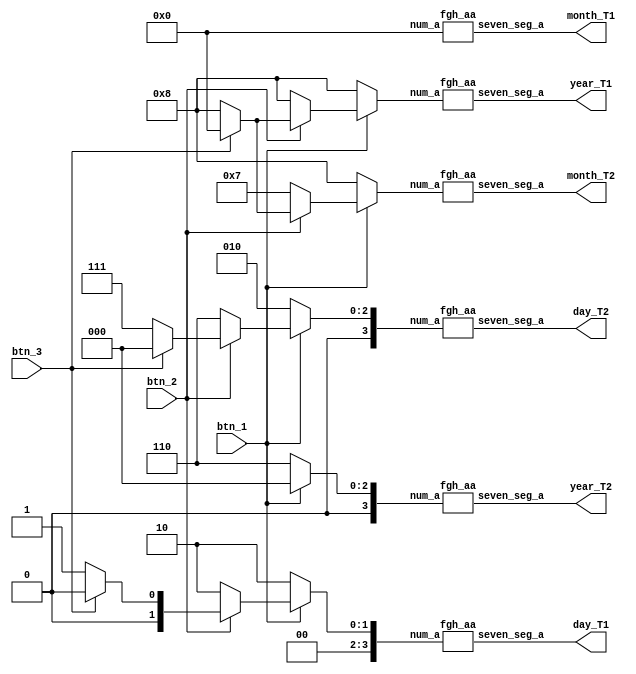
module cdf(
btn_1,
btn_2,
btn_3,          
year_T1,
year_T2,
month_T1,
month_T2,
day_T1,  
day_T2  
);

input            btn_1      /* synthesis altera_chip_pin_lc="Y16"                                altera_attribute = "-name IO_STANDARD \"3.3-V LVTTL\" " */;
input            btn_2      /* synthesis altera_chip_pin_lc="W15"                                altera_attribute = "-name IO_STANDARD \"3.3-V LVTTL\" " */;
input            btn_3      /* synthesis altera_chip_pin_lc="AA15"                               altera_attribute = "-name IO_STANDARD \"3.3-V LVTTL\" " */;
output     [6:0] year_T1    /* synthesis altera_chip_pin_lc="AA25,AA26,AB26,AB27,Y27, AA28,V25"  altera_attribute = "-name IO_STANDARD \"3.3-V LVTTL\" " */;
output     [6:0] year_T2    /* synthesis altera_chip_pin_lc="W25, V23, W24, W22, Y24, Y23, AA24" altera_attribute = "-name IO_STANDARD \"3.3-V LVTTL\" " */;
output     [6:0] month_T1   /* synthesis altera_chip_pin_lc="AB22,AB25,AB28,AC25,AD25,AC27,AD26" altera_attribute = "-name IO_STANDARD \"3.3-V LVTTL\" " */;
output     [6:0] month_T2   /* synthesis altera_chip_pin_lc="AC30,AC29,AD30,AC28,AD29,AE29,AB23" altera_attribute = "-name IO_STANDARD \"3.3-V LVTTL\" " */;
output     [6:0] day_T1     /* synthesis altera_chip_pin_lc="AD27,AF30,AF29,AG30,AH30,AH29,AJ29" altera_attribute = "-name IO_STANDARD \"3.3-V LVTTL\" " */;
output     [6:0] day_T2     /* synthesis altera_chip_pin_lc="AH28,AG28,AF28,AG27,AE28,AE27,AE26" altera_attribute = "-name IO_STANDARD \"3.3-V LVTTL\" " */;


reg  [3:0]  year_1; 
reg  [3:0]  year_2; 
reg  [3:0]  month_1;
reg  [3:0]  month_2;
reg  [3:0]  day_1;  
reg  [3:0]  day_2;  


always@(*) begin
   if(~btn_1) begin
	year_1  = 4'd8;
	year_2  = 4'd6;
	month_1 = 4'd0;
	month_2 = 4'd8;
	day_1   = 4'd2;
	day_2   = 4'd2;
	end
	else if(~btn_2) begin
	year_1  = 4'd8;
	year_2  = 4'd0;
   month_1 = 4'd0;
   month_2 = 4'd7;
   day_1   = 4'd2;
   day_2   = 4'd6;
	end
	else if(~btn_3) begin
	year_1  = 4'd8;
	year_2  = 4'd0;
   month_1 = 4'd0;
   month_2 = 4'd8;
   day_1   = 4'd1;
   day_2   = 4'd7;
	end
	else begin
	year_1  = 7'b0000000;
   year_2  = 7'b0000000;
   month_1 = 7'b0000000;
   month_2 = 7'b0000000;
   day_1   = 7'b0000000;
   day_2   = 7'b0000000;
	end
	
end

fgh_aa  y1 ( year_1, year_T1 );
fgh_aa  y2 ( year_2, year_T2 );
fgh_aa  m1 ( month_1, month_T1 );
fgh_aa  m2 ( month_2, month_T2 );
fgh_aa  d1 ( day_1, day_T1 );
fgh_aa  d2 ( day_2, day_T2 );

endmodule

module fgh_aa(
num_a,
seven_seg_a
);

input       [3:0] num_a;
output reg  [6:0] seven_seg_a;


always@(*) begin
    case(num_a)
	 4'b0000 : seven_seg_a = 7'b1000000;
	 4'b0001 : seven_seg_a = 7'b1111001;
	 4'b0010 : seven_seg_a = 7'b0100100;
	 4'b0011 : seven_seg_a = 7'b0110000;
	 4'b0100 : seven_seg_a = 7'b0011001;
	 4'b0101 : seven_seg_a = 7'b0010010;
	 4'b0110 : seven_seg_a = 7'b0000010;
	 4'b0111 : seven_seg_a = 7'b1111000;
	 4'b1000 : seven_seg_a = 7'b0000000;
	 4'b1001 : seven_seg_a = 7'b0010000;
	 endcase
end
			

endmodule